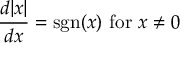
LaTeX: { \frac { d | x | } { d x } } = \operatorname { s g n } ( x ) { \mathrm { ~ f o r ~ } } x \neq 0